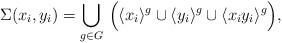
LaTeX: \begin{align*}\Sigma(x_i,y_i)=\bigcup_{g\in G} \,\Big( \langle x_i \rangle^g \cup \langle y_i \rangle^g \cup \langle x_iy_i \rangle^g \Big),\end{align*}